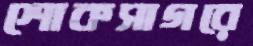
শোকসাগরে